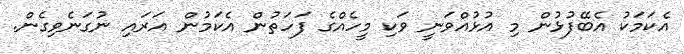
އެކަމަކު އެބޭފުޅުން މި އުޅުއްވަނީ ވަކި މީހެއްގެ ފަހަތުން އެކަމުން އަރައި ނުގަނެވިގެން.